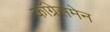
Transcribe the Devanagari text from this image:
काँग्रेसमेन